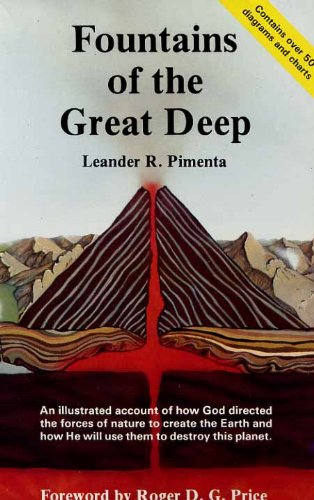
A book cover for Fountains of the Great Deep; Leander R. Pimenta; Religion & Spirituality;